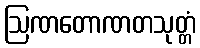
ဩဏတောဏတသုတ္တံ